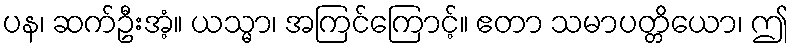
ပန၊ ဆက်ဦးအံ့။ ယသ္မာ၊ အကြင်ကြောင့်။ ဧတာ သမာပတ္တိယော၊ ဤ